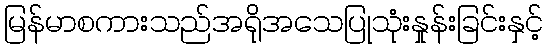
မြန်မာစကားသည်အရိုအသေပြုသုံးနှုန်းခြင်းနှင့်